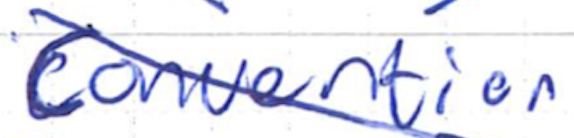
Text: Convention
Cross-out: mix
Writing tool: ballpoint